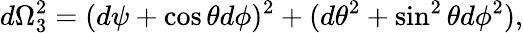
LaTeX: d\Omega_{3}^{2}=(d\psi+\cos\theta d\phi)^{2}+(d\theta^{2}+\sin^{2}\theta d\phi^{2}),